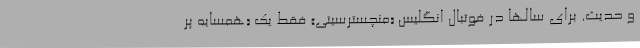
و حدیث. برای سالها در فوتبال انگلیس «منچسترسیتی» فقط یک «همسایه پر